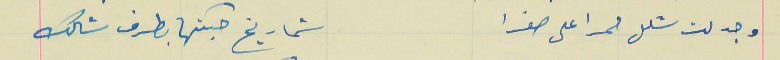
وجدلت شلل حمرا على صفرا                          شماريخ حبكتها بطرف شالك